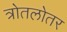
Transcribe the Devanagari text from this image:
त्रोतलोतर